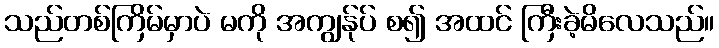
သည်တစ်ကြိမ်မှာပဲ မကို အကျွန်ုပ် စ၍ အထင် ကြီးခဲ့မိလေသည်။